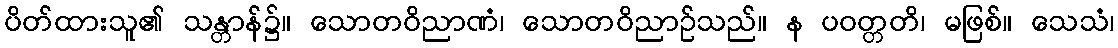
ပိတ်ထားသူ၏ သန္တာန်၌။ သောတဝိညာဏံ၊ သောတဝိညာဉ်သည်။ န ပဝတ္တတိ၊ မဖြစ်။ သေသံ၊